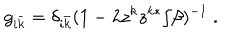
g _ { i \bar { k } } = \delta _ { i \bar { k } } ( 1 - 2 z ^ { k } z ^ { k * } / \beta ) ^ { - 1 } \ .